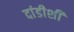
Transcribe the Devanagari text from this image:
दांडीशी